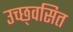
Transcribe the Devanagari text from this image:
उच्छ्‌वसित